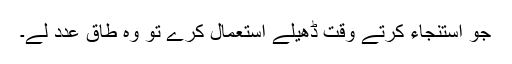
جو استنجاء کرتے وقت ڈھیلے استعمال کرے تو وہ طاق عدد لے۔